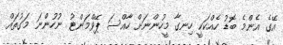
އޭގެ އެންމެ ބޮޑު ހެއްކަކީ ހިނގާ މީހުންނަށް ހާއްސަ ޕޭވްމަންޓު ނުހުންނަ މަގުތައް